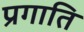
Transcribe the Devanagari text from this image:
प्रगाति